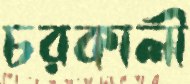
চরকালী